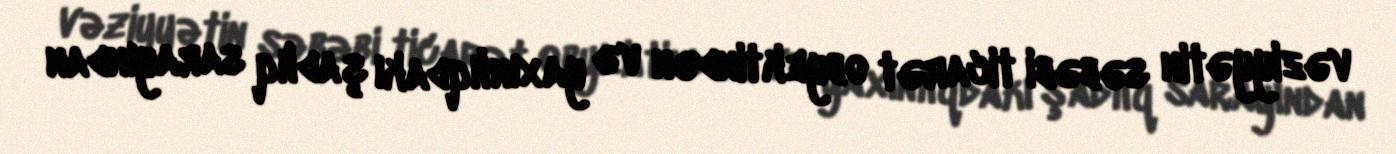
vəziyyətin səbəbi ticarət obyektindən və yaxınlıqdakı şadlıq sarayından